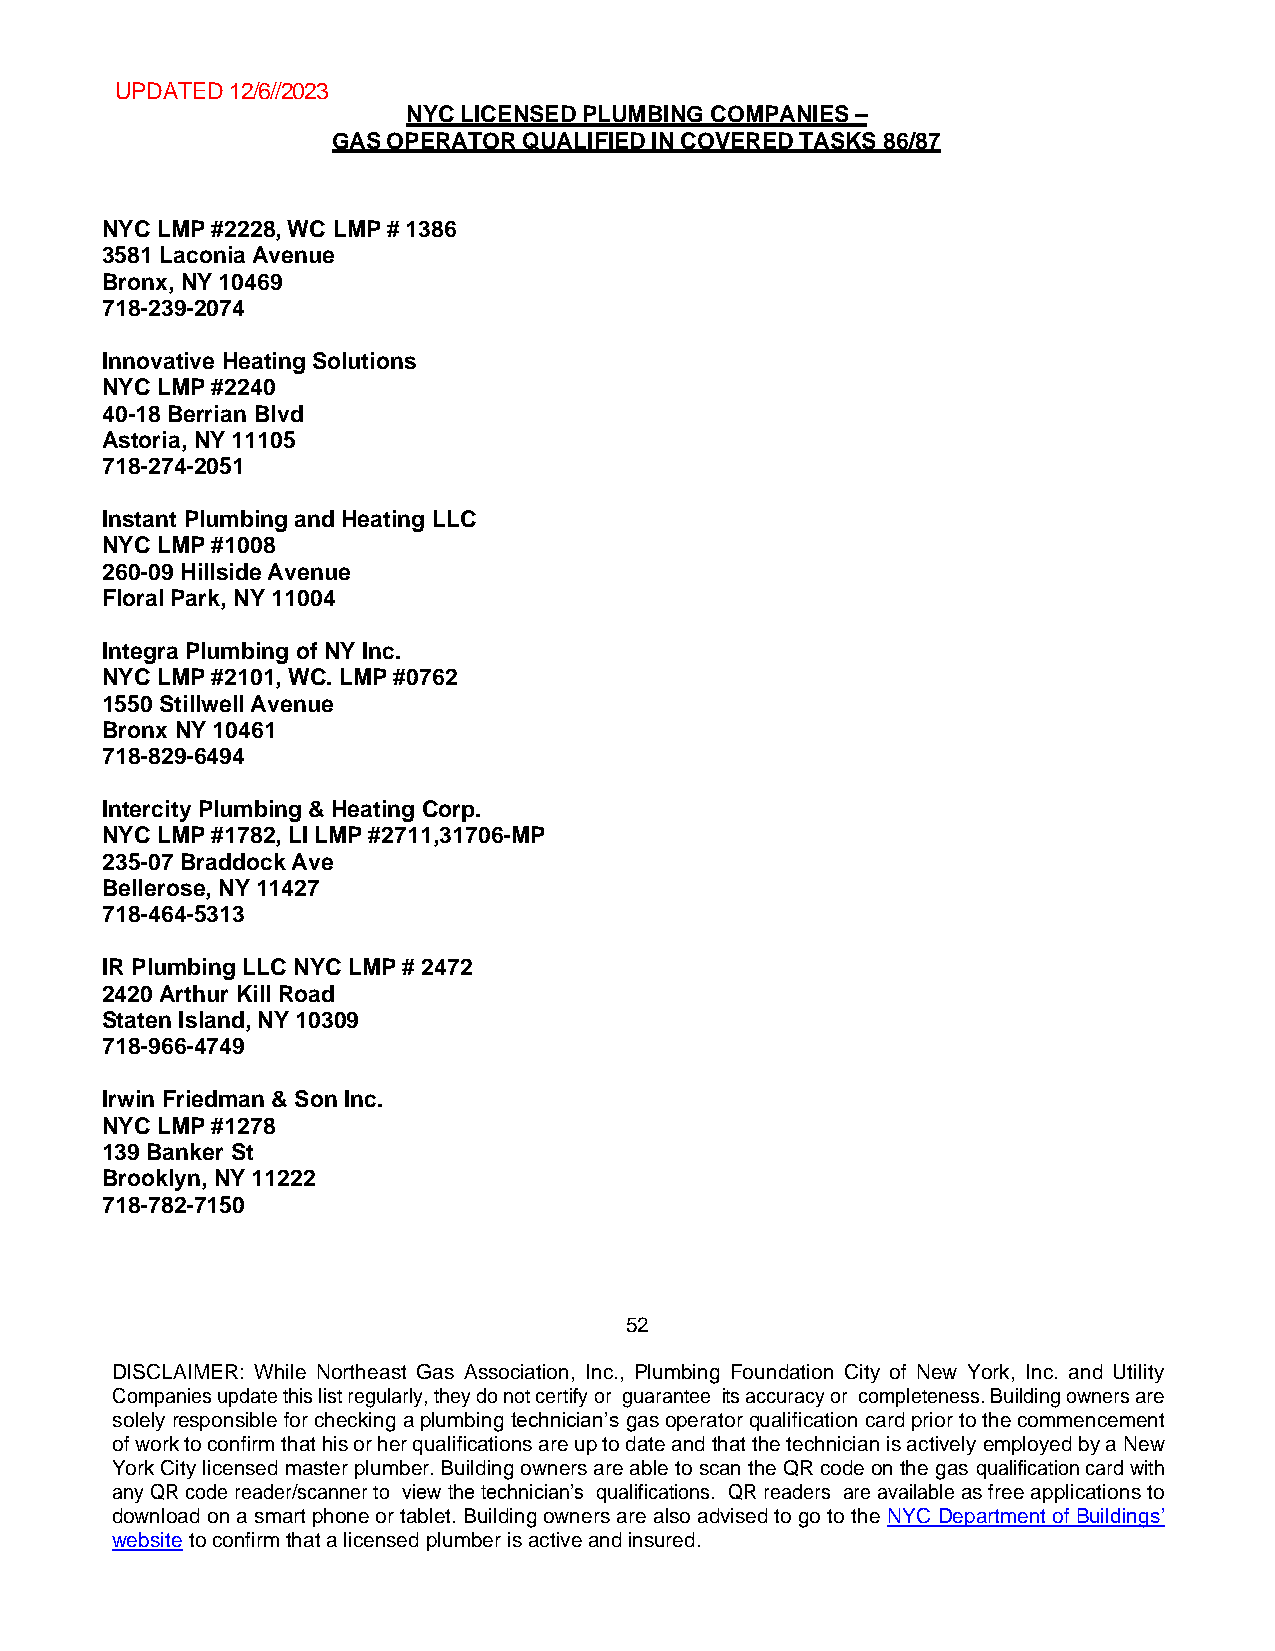
UPDATED 12/6//2023
 NYC LICENSED PLUMBING COMPANIES –
 GAS OPERATOR QUALIFIED IN COVERED TASKS 86/87
 NYC LMP #2228, WC LMP # 1386
 3581 Laconia Avenue
 Bronx, NY 10469
 718-239-2074
 Innovative Heating Solutions
 NYC LMP #2240
 40-18 Berrian Blvd
 Astoria, NY 11105
 718-274-2051
 Instant Plumbing and Heating LLC
 NYC LMP #1008
 260-09 Hillside Avenue
 Floral Park, NY 11004
 Integra Plumbing of NY Inc.
 NYC LMP #2101, WC. LMP #0762
 1550 Stillwell Avenue
 Bronx NY 10461
 718-829-6494
 Intercity Plumbing & Heating Corp.
 NYC LMP #1782, LI LMP #2711,31706-MP
 235-07 Braddock Ave
 Bellerose, NY 11427
 718-464-5313
 IR Plumbing LLC NYC LMP # 2472
 2420 Arthur Kill Road
 Staten Island, NY 10309
 718-966-4749
 Irwin Friedman & Son Inc.
 NYC LMP #1278
 139 Banker St
 Brooklyn, NY 11222
 718-782-7150
 52
 DISCLAIMER: While Northeast Gas Association, Inc., Plumbing Foundation City of New York, Inc. and Utility
 Companies update this list regularly, they do not certify or guarantee its accuracy or completeness. Building owners are
 solely responsible for checking a plumbing technician’s gas operator qualification card prior to the commencement
 of work to confirm that his or her qualifications are up to date and that the technician is actively employed by a New
 York City licensed master plumber. Building owners are able to scan the QR code on the gas qualification card with
 any QR code reader/scanner to view the technician’s qualifications. QR readers are available as free applications to
 download on a smart phone or tablet. Building owners are also advised to go to the NYC Department of Buildings’
 website to confirm that a licensed plumber is active and insured.